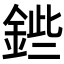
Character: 𨧥